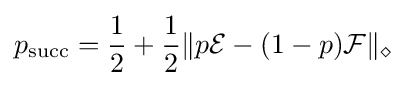
p_{\text{succ}}={\frac {1}{2}}+{\frac {1}{2}}\|p{\mathcal {E}}-(1-p){\mathcal {F}}\|_{\diamond }